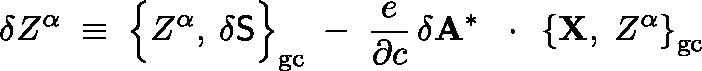
\delta Z ^ { \alpha } \; \equiv \; \left\{ Z ^ { \alpha } , \frac { } { } \delta { \sf S } \right\} _ { \mathrm { g c } } \; - \; \frac { e } { \partial c } \, \delta { \bf A } ^ { * } \, \mathrm { ~ \boldmath ~ \cdot ~ } \, \left\{ { \bf X } , \; Z ^ { \alpha } \right\} _ { \mathrm { g c } }